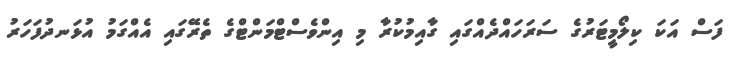
ފަސް އަކަ ކިލޯމީޓަރުގެ ސަރަހައްދެއްގައި ގާއިމުކުރާ މި އިންވެސްޓްމަންޓްގެ ތެރޭގައި އެއްގަމު އުޅަނދުފަހަރު